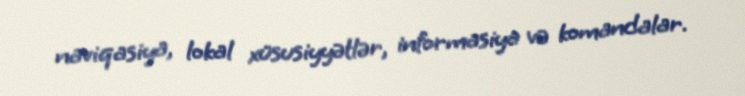
naviqasiya, lokal xüsusiyyətlər, informasiya və komandalar.